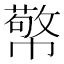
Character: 𭘷